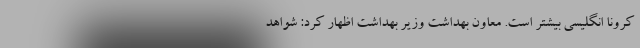
کرونا انگلیسی بیشتر است. معاون بهداشت وزیر بهداشت اظهار کرد: شواهد